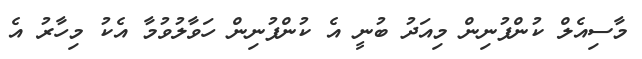
މާސިއެލް ކުންފުނިން މިއަދު ބުނީ އެ ކުންފުނިން ހަވާލުވުމާ އެކު މިހާރު އެ